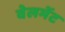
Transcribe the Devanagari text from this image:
वेलमेंट